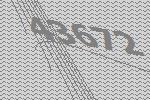
43672